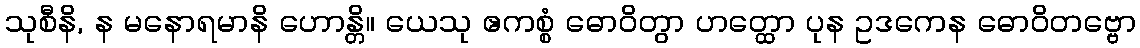
သုစီနိ, န မနောရမာနိ ဟောန္တိ။ ယေသု ဧကစ္စံ ဓောဝိတွာ ဟတ္ထော ပုန ဥဒကေန ဓောဝိတဗ္ဗော